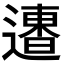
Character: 𨗐